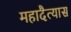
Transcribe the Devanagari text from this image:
महादैत्यास